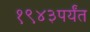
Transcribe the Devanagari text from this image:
१९४३पर्यंत